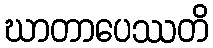
ဃာတာပေဿတိ